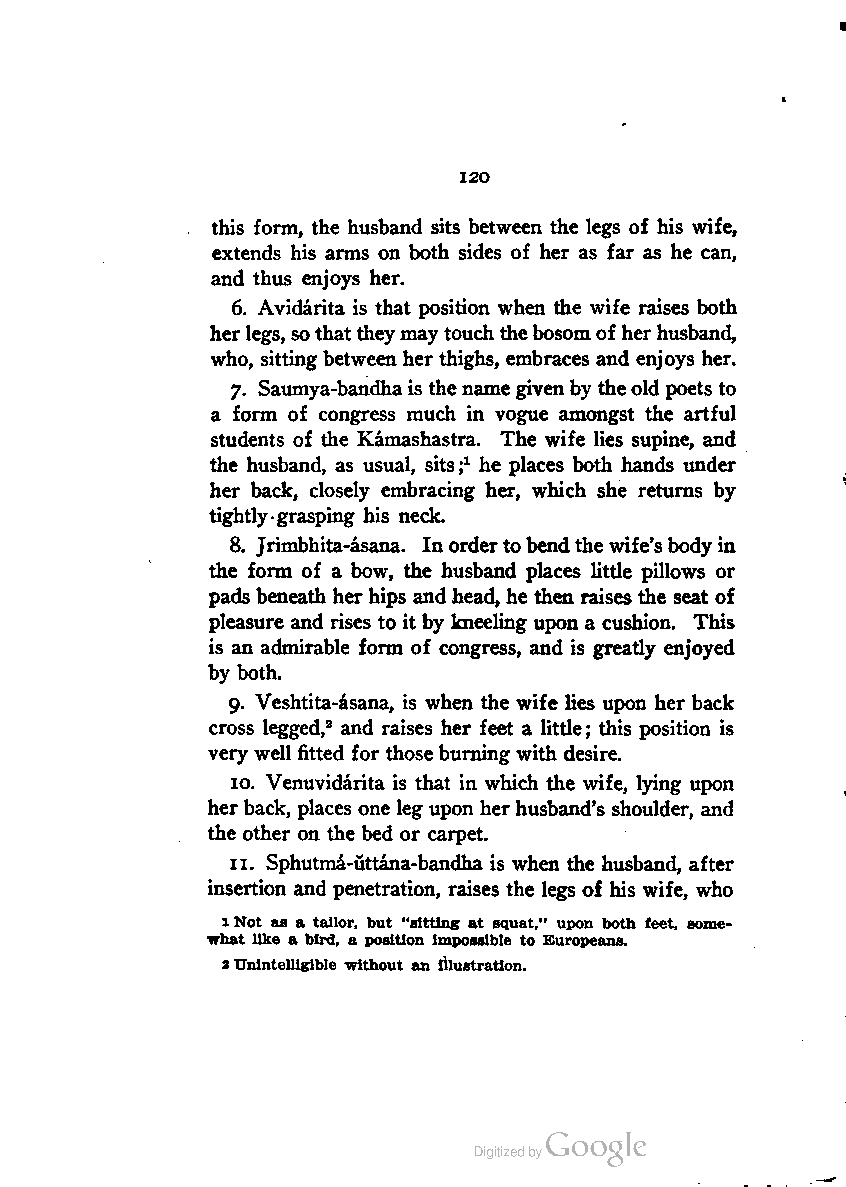
120
 this form, the husband sits between the legs of his wife,
 extends his arms on both sides of her as far as he can,
 and thus enjoys her.
 6. Avidarita is that position when the wife raises both
 herlegs, sothattheymaytouch thebosomof herhusband,
 who, sitting between her thighs, embraces and enjoys her.
 7. Saumya-bandhaisthe name givenby theold poets to
 a form of congress much in vogue amongst the artful
 students of the Kamashastra. The wife lies supine, and
 the husband, as usual, sits;1 he places both hands under
 her back, closely embracing her, which she returns by
 tightly grasping his neck.
 8. Jrimbhita-asana. In ordertobendthewife'sbodyin
 the form of a bow, the husband places little pillows or
 pads beneath herhips and head, he then raises the seat of
 pleasure and rises to it by kneeling upon a cushion. This
 is an admirable form of congress, and is greatly enjoyed
 by both.
 9. Veshtita-asana, is when the wife lies upon her back
 cross legged,2 and raises her feet a little; this position is
 very well fitted for those burning with desire.
 10. Venuvidarita is that in which the wife, lying upon
 her back, places one leg upon herhusband's shoulder, and
 the other on the bed or carpet.
 11. Sphutma-uttana-bandha is when the husband, after
 insertion and penetration, raises the legs of his wife, who
 1Not as a tailor, but "sitting at squat," upon both feet, some
 what like a bird, a position impossible to Europeans.
 2Unintelligible without an illustration.